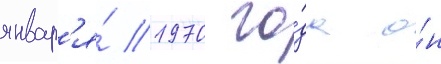
январ'я́ 1970 го́да о́н